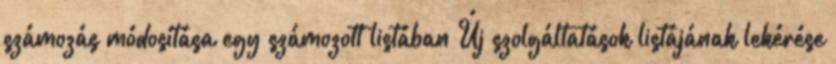
számozás módosítása egy számozott listában Új szolgáltatások listájának lekérése